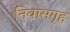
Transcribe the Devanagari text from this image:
निवासगृह